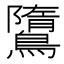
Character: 𪅿